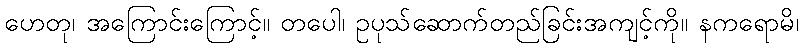
ဟေတု၊ အကြောင်းကြောင့်။ တပေါ၊ ဥပုသ်ဆောက်တည်ခြင်းအကျင့်ကို။ နကရောမိ၊